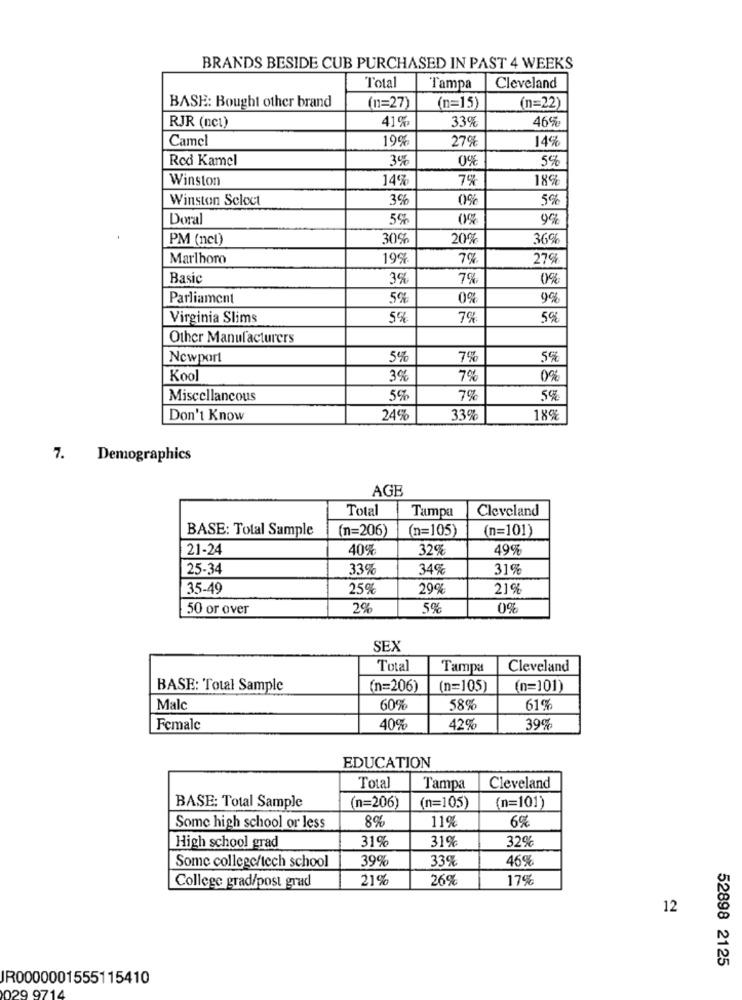
BRANDS BESIDE CUB PURCHASED IN PAST 4 WEEKS
Total
Tampa
Cleveland
BASE: Bought other brand
(n=27)
(n=15)
(n=22)
RJR (nc1)
41%
33%
46%
Camel
19%
27%
14%
Rod Kamel
3%
0%
5%
Winston
14%
7%
189
Winston Scloct
3%
0%
5%
Doral
5%
0%
9%
PM (ncl)
30%
20%
36%
Marlboro
19%
7%
27%
Basic
3%
7%
0%
Parliament
5%
0%
9%
Virginia Slims
5%
7%
5%
Other Manufacturers
Newport
5%
7%
5%
Kool
3%
7%
0%
Miscellancous
5%
7%
59
Don't Know
24%
33%
18%
7.
Demographics
AGB
Total
Cleveland
Tampa
BASE: Total Sample
(n=206)
(n=105)
(n=101)
21-24
40%
32%
49%
25-34
33%
34%
31%
35-49
25%
29%
21%
50 or over
2%
5%
0%
SEX
Total
Tampa
Cleveland
BASE: Total Sample
(n=206)
(n=105)
(n=101)
Malc
60%
58%
61%
Female
40%
42%
39%
EDUCATION
Total
Tampa
Cleveland
(n=206)
BASE: Total Sample
(n=105)
(n=101)
8%
11%
6%
Some high school or less
31%
31%
32%
High school grad
39%
33%
46%
Some college/tech school
21%
26%
17%
College grad/post grad
12
52898 2125
JR0000001555115410
029 9714